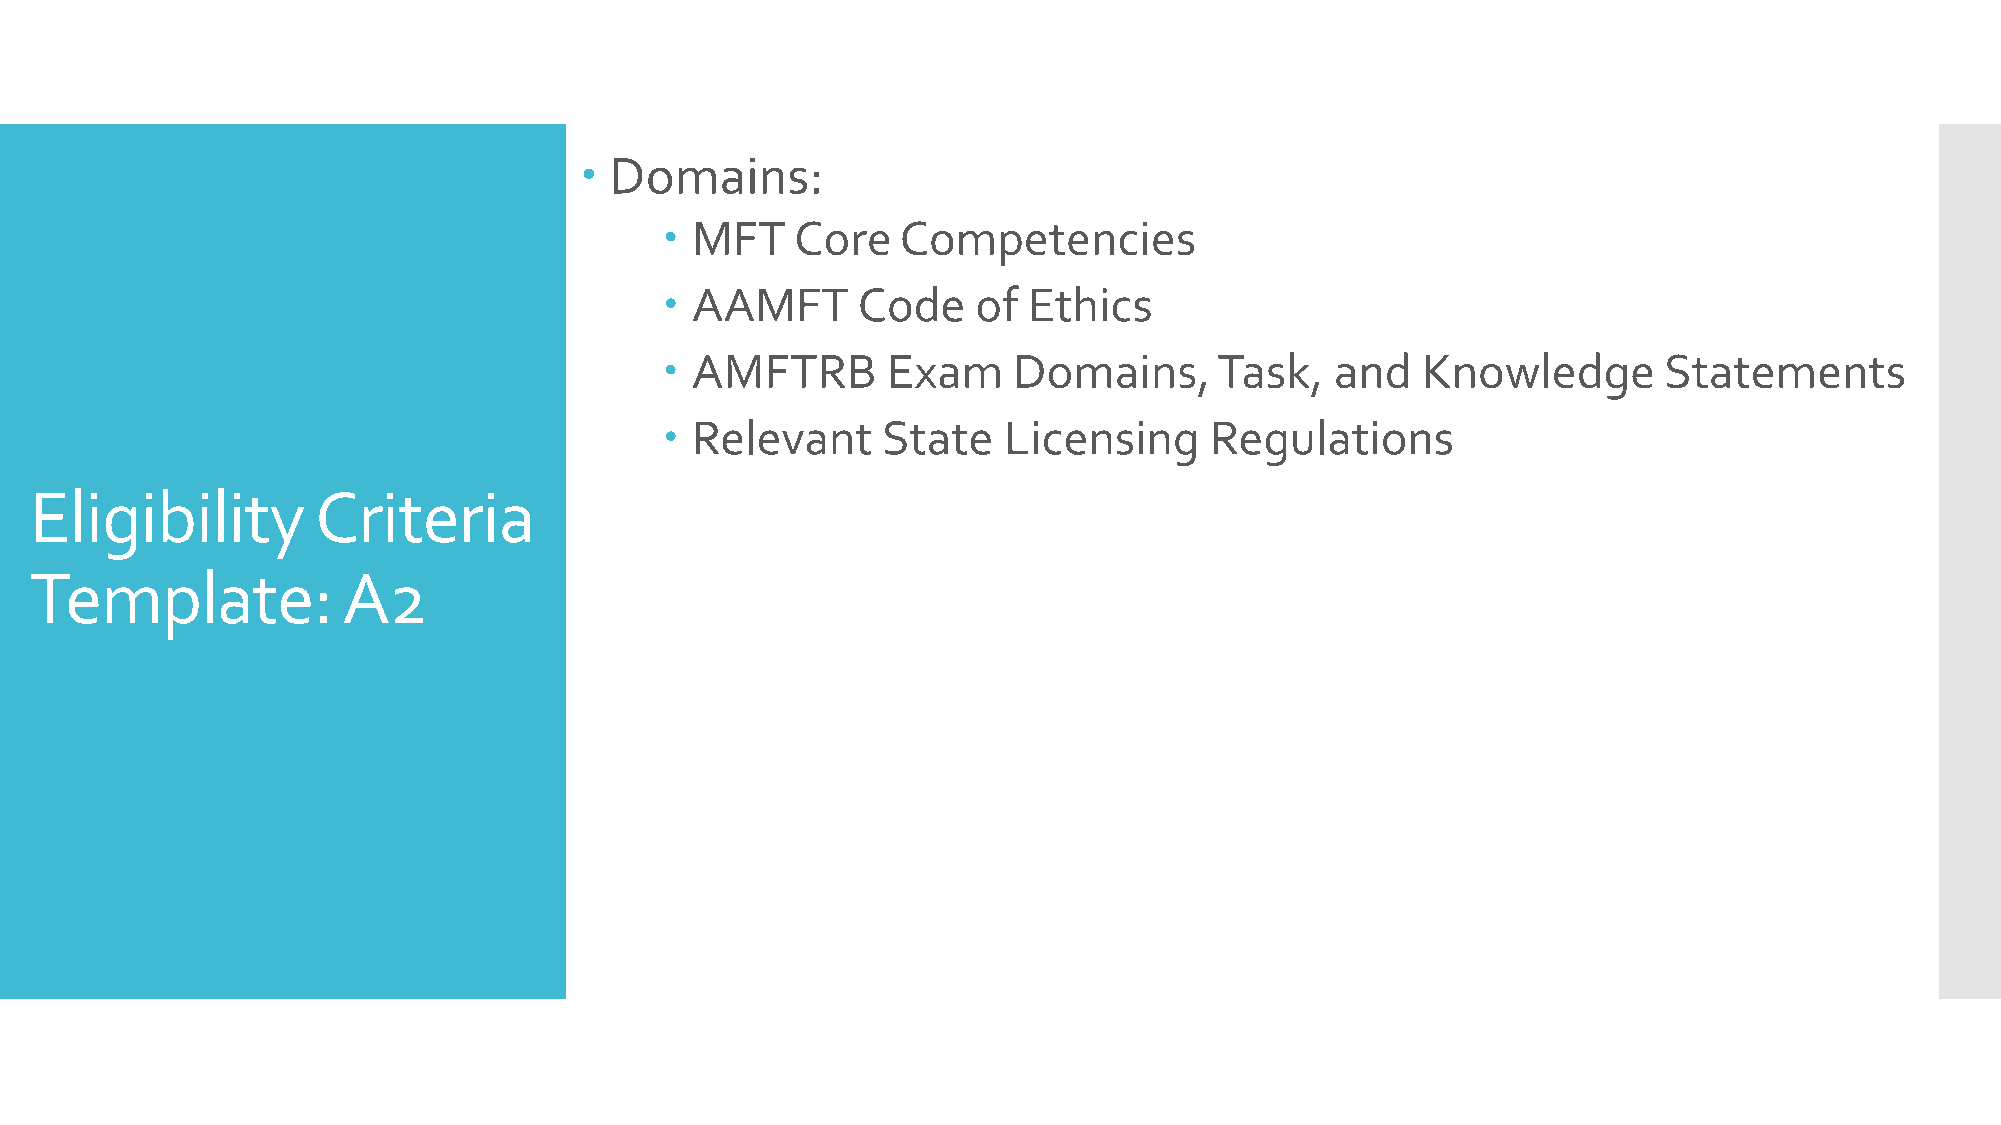
 Domains:
  MFT    Core   Competencies
  AAMFT      Code    of Ethics
  AMFTRB       Exam    Domains,      Task,  and   Knowledge       Statements
  Relevant    State   Licensing     Regulations
 Eligibility        Criteria
 Template:            A2